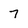
Character: 7